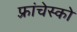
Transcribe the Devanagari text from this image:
फ़्रांचेस्को